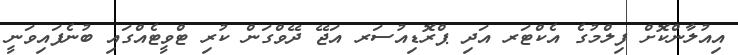
އިއުލާންކޮށް ފިލްމުގެ އެކްޓަރ އަދި ޕްރޮޑިއުސަރ އަޖޭ ދޭވްގަން ކުރި ޓްވީޓެއްގައި ބުނެފައިވަނީ